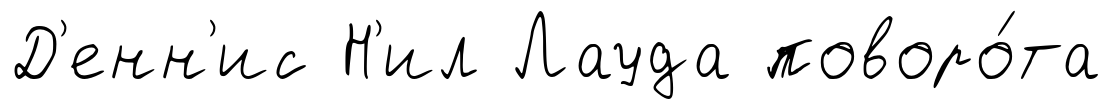
Д'енн'ис Н'ил Лауда поворо́та